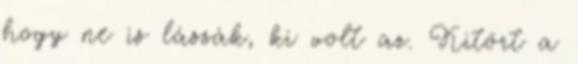
hogy ne is lássák, ki volt az. Kitört a